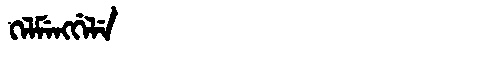
Manchu: ᡴᡝᠯᠮᡝᠩᡤᡝᠯᡝ
Romanization: KELMENGGELE